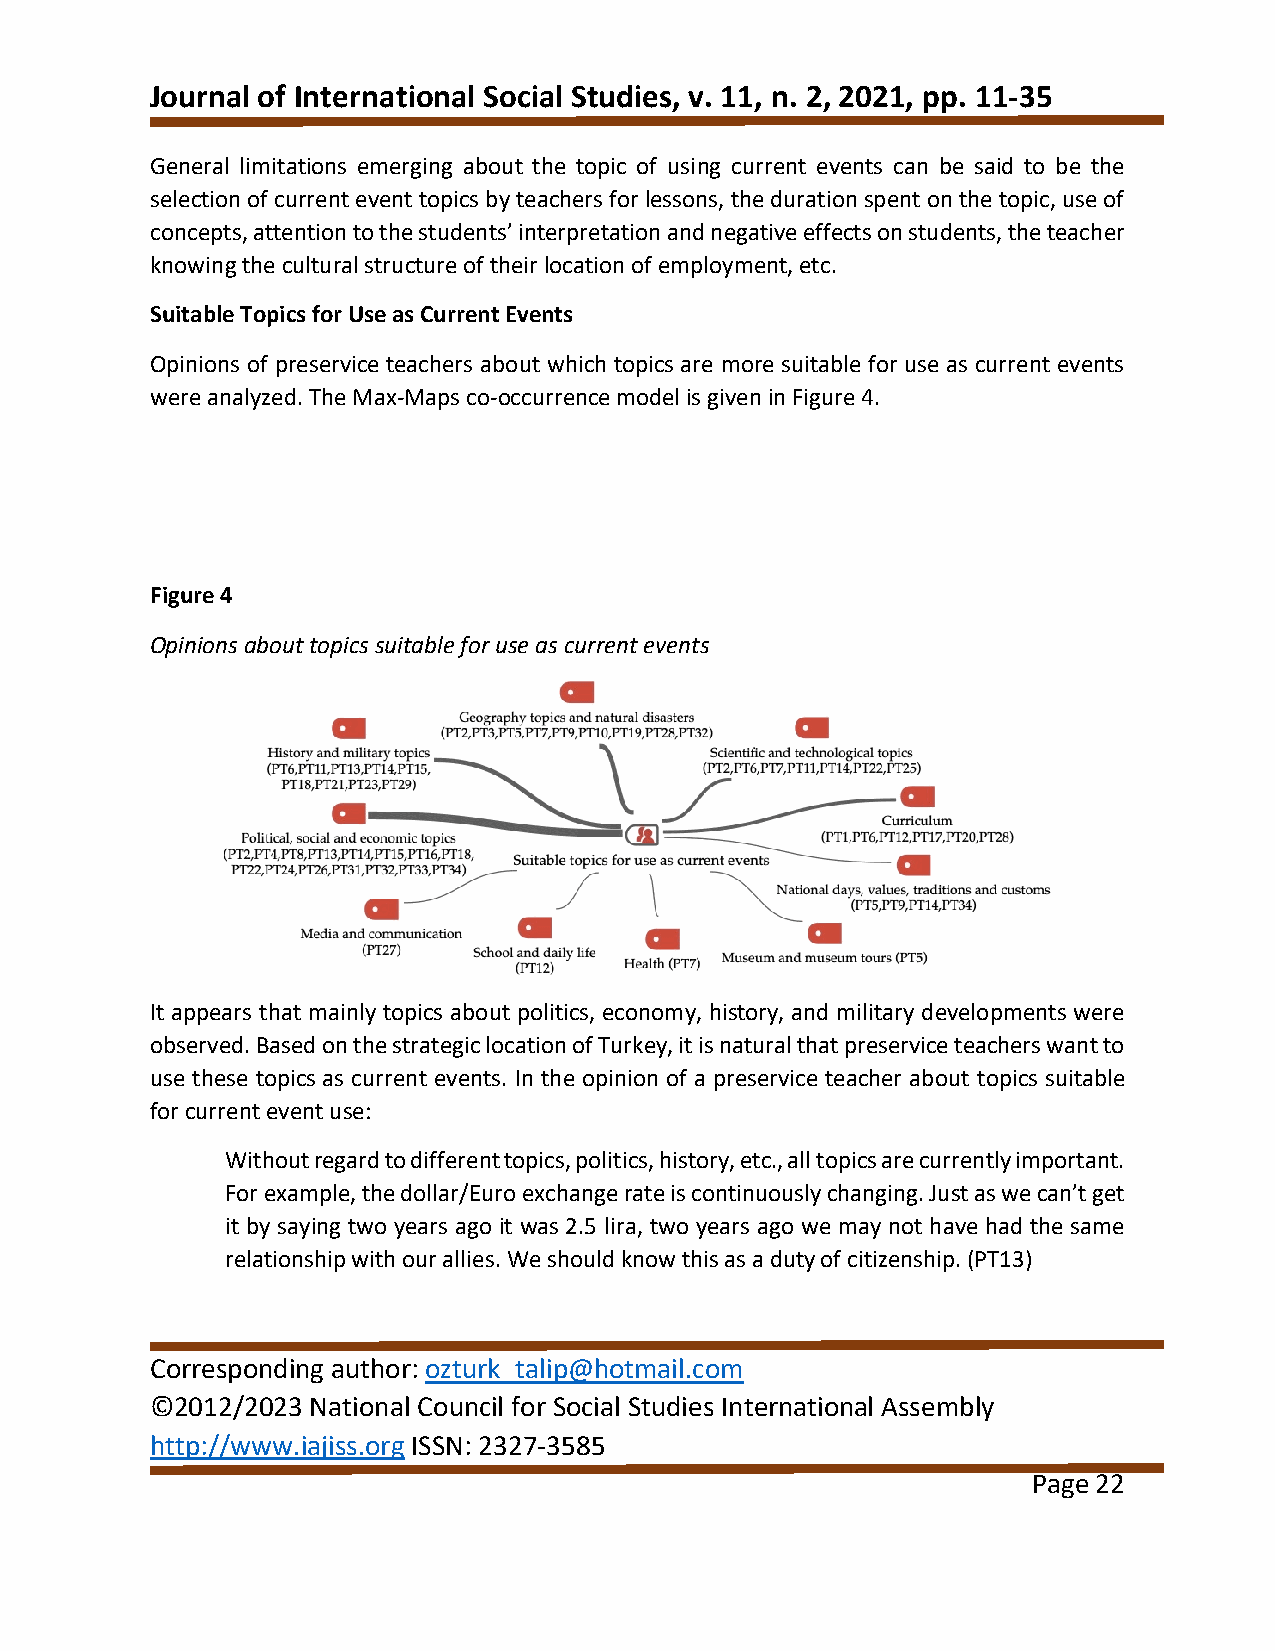
Journal of International Social Studies, v. 11, n. 2, 2021, pp. 11-35
 General limitations emerging about the topic of using current events can be said to be the
 selection of current event topics by teachers for lessons, the duration spent on the topic, use of
 concepts, attention to the students’ interpretation and negative effects on students, the teacher
 knowing the cultural structure of their location of employment, etc.
 Suitable Topics for Use as Current Events
 Opinions of preservice teachers about which topics are more suitable for use as current events
 were analyzed. The Max-Maps co-occurrence model is given in Figure 4.
 Figure 4
 Opinions about topics suitable for use as current events
 It appears that mainly topics about politics, economy, history, and military developments were
 observed. Based on the strategic location of Turkey, it is natural that preservice teachers want to
 use these topics as current events. In the opinion of a preservice teacher about topics suitable
 for current event use:
 Without regard to different topics, politics, history, etc., all topics are currently important.
 For example, the dollar/Euro exchange rate is continuously changing. Just as we can’t get
 it by saying two years ago it was 2.5 lira, two years ago we may not have had the same
 relationship with our allies. We should know this as a duty of citizenship. (PT13)
 Corresponding author: ozturk_talip@hotmail.com
 ©2012/2023 National Council for Social Studies International Assembly
 http://www.iajiss.org ISSN: 2327-3585
 Page 22